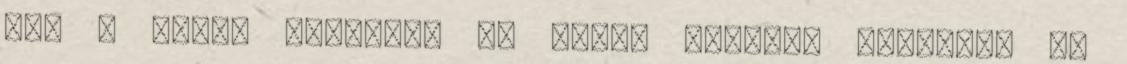
jól - Ebből fakadóan az építő jellegű kritikát is